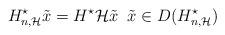
LaTeX: \begin{align*}H_{n,\mathcal{H}}^{\star}\tilde{x} = H^{\star}\mathcal{H}\tilde{x} \; \; \tilde{x}\in D(H_{n,\mathcal{H}}^{\star})\end{align*}